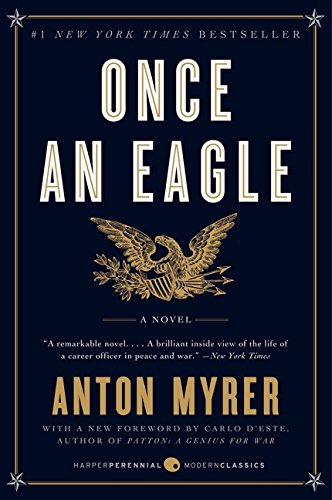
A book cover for Once an Eagle; Anton Myrer; Literature & Fiction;